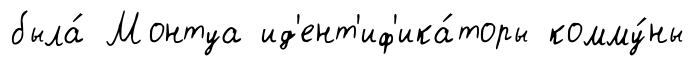
была́ Монтуа ид'ент'иф'ика́торы комму́ны